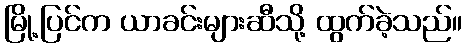
မြို့ပြင်က ယာခင်းများဆီသို့ ထွက်ခဲ့သည်။